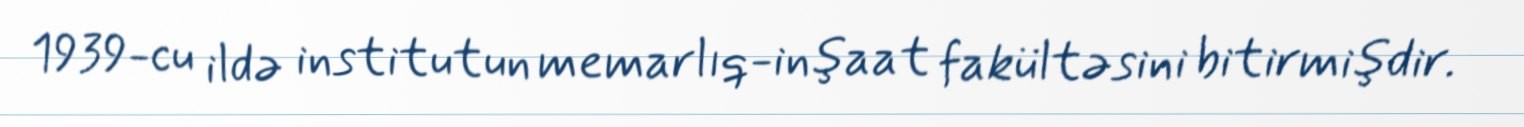
1939-cu ildə institutun memarlıq-inşaat fakültəsini bitirmişdir.